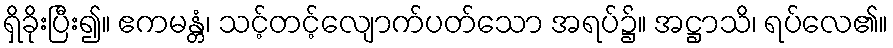
ရှိခိုးပြီး၍။ ဧကမန္တံ၊ သင့်တင့်လျောက်ပတ်သော အရပ်၌။ အဋ္ဌာသိ၊ ရပ်လေ၏။